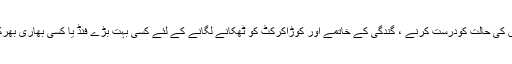
اصل مسئلہ یہ نہیں ہے کہ اس کی حالت کودرست کرنے ، گندگی کے خاتمے اور کوڑاکرکٹ کو ٹھکانے لگانے کے لئے کسی بہت بڑے فنڈ یا کسی بھاری بھرکم مشینوں کی ضرورت ہے ۔